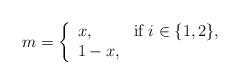
LaTeX: \begin{align*}m = \left\{\begin{array}{lll}x, & \hbox{if $i\in\{1,2\}$,} \\1-x, & \hbox{}\end{array}\right.\end{align*}